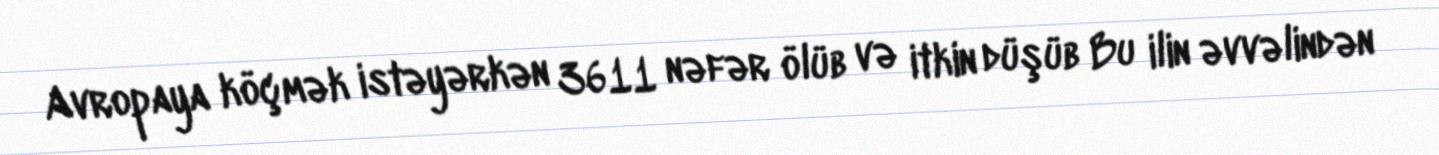
Avropaya köçmək istəyərkən 3611 nəfər ölüb və itkin düşüb Bu ilin əvvəlindən